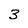
Character: 3